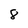
Character: 8